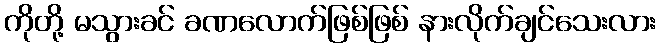
ကိုတို့ မသွားခင် ခဏလောက်ဖြစ်ဖြစ် နားလိုက်ချင်သေးလား